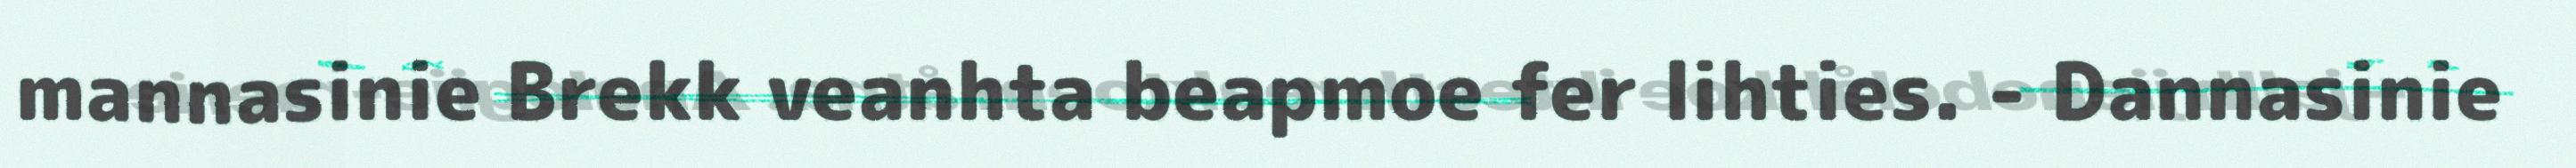
mannasinie Brekk veanhta beapmoe fer lihties. - Dannasinie